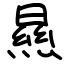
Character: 㬎